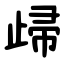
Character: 㱕